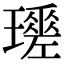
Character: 𤪩